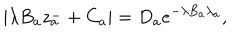
LaTeX: | \lambda B _ { a } z _ { a } ^ { - } + C _ { a } | = D _ { a } e ^ { - \lambda B _ { a } \lambda _ { a } } ,